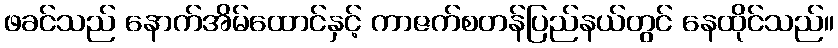
ဖခင်သည် နောက်အိမ်ထောင်နှင့် ကာဇက်စတန်ပြည်နယ်တွင် နေထိုင်သည်။